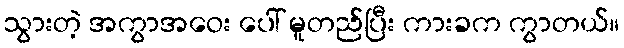
သွားတဲ့ အကွာအဝေး ပေါ် မူတည်ပြီး ကားခက ကွာတယ်။